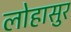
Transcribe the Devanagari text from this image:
लोहासुर